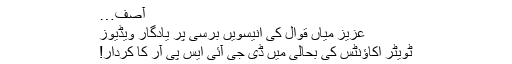
آصف…
عزیز میاں قوال کی انیسویں‌ برسی پر یادگار ویڈیوز
ٹویٹر اکاؤنٹس کی بحالی میں‌ ڈی جی آئی ایس پی آر کا کردار!